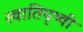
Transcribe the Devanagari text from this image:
स्वातिपृथ्वी